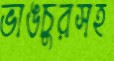
ভাঙচুরসহ